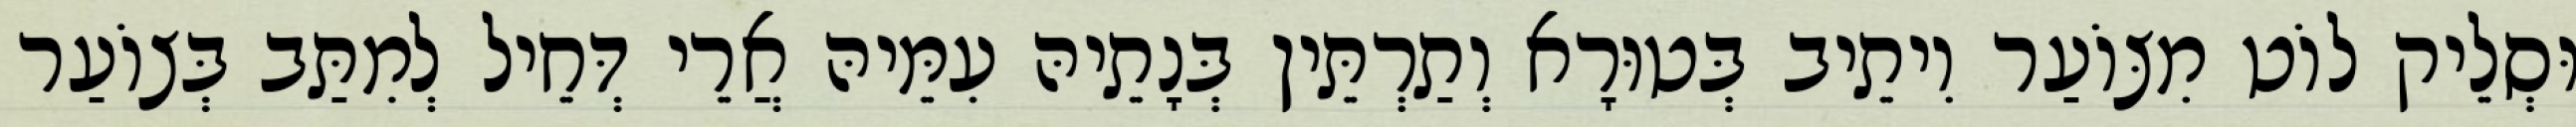
וּסְלֵיק לוֹט מִצּוֹעַר וִיתֵיב בְּטוּרָא וְתַרְתֵּין בְּנָתֵיהּ עִמֵּיהּ אֲרֵי דְּחֵיל לְמִתַּב בְּצוֹעַר